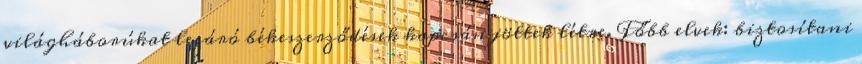
világháborúkat lezáró békeszerződések kapcsán jöttek létre. Főbb elvek: biztosítani